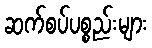
ဆက်စပ်ပစ္စည်းများ